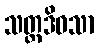
သတ္တဒိဝသာ